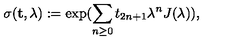
\sigma ( { \bf t } , \lambda ) : = \exp ( \sum _ { n \geq 0 } t _ { 2 n + 1 } \lambda ^ { n } J ( \lambda ) ) ,